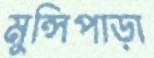
মুন্সিপাড়া